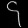
Digit: ၄